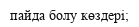
пайда болу көздері;